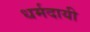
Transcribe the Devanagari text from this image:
धर्मदायी